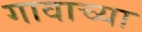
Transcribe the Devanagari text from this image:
गावाच्‍या